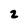
Character: 2